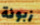
زبونة